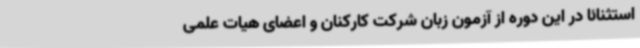
استثنائاً در این دوره از آزمون زبان شرکت کارکنان و اعضای هیات علمی